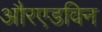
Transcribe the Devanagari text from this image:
औरएडविन